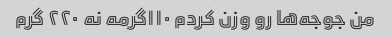
من جوجه‌ها رو وزن کردم ۱۱۰گرمه نه ۲۲۰ گرم